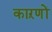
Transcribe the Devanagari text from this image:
काऱणों